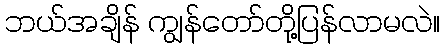
ဘယ်အချိန် ကျွန်တော်တို့ပြန်လာမလဲ။